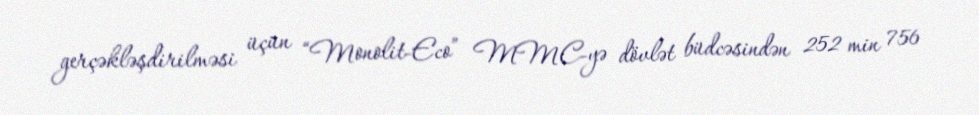
gerçəkləşdirilməsi üçün “Monolit-Eco” MMC-yə dövlət büdcəsindən 252 min 756